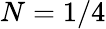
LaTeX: N=1/4